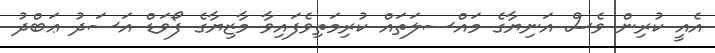
އެއީ ކުރިން ވެސް އަނިޔާގެ މައްސލަތައް ކުރިމަތިވެފައިވާ މާޒިޔާގެ ފޯވަޑް އަސަދު ޢަބްދު